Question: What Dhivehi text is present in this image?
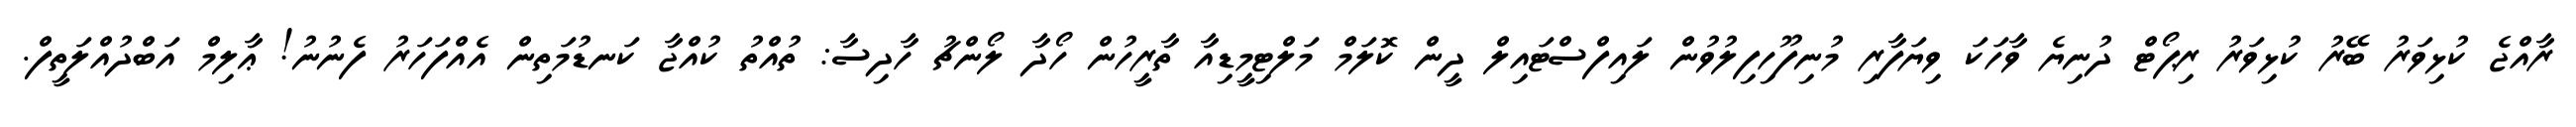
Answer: ރާއްޖެ ކުޅިވަރު ބޭރު ކުޅިވަރު ރިޕޯޓް ދުނިޔެ ވާހަކަ ވިޔަފާރި މުނިފޫހިފިލުވުން ލައިފްސްޓައިލް ދީން ކޮލަމް މަލްޓިމީޑިއާ ތާރީހުން ހޯދާ ލޯންޗު ހާދިސާ: ތުއްތު ކުއްޖާ ކަނޑުމަތިން އެއްފަހަރު ފެނުނު! ޢާލިމް އަބްދުއްލަތީފް.